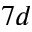
7 d